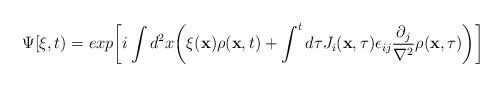
LaTeX: \begin{align*}\Psi[\xi ,t)=exp\biggl[i\int d^2 x\biggl(\xi({\bf x})\rho({\bf x},t)+\int^t d\tau J_i({\bf x},\tau)\epsilon_{ij}{\partial_j\over\nabla^2}\rho({\bf x},\tau)\biggr)\biggl]\end{align*}